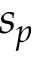
s _ { p }